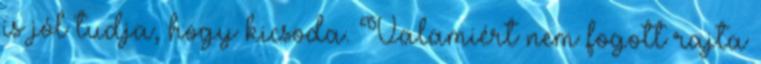
is jól tudja, hogy kicsoda. Valamiért nem fogott rajta